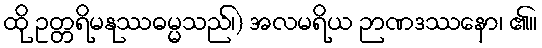
ထို ဥတ္တရိမနုဿဓမ္မသည်၊) အလမရိယ ဉာဏဒဿနော၊ ၏။